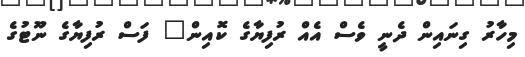
މިހާރު ގިނައިން ދެނީ ވެސް އެއް ރުފިޔާގެ ކޮއިން" ފަސް ރުފިޔާގެ ނޫޓުގެ